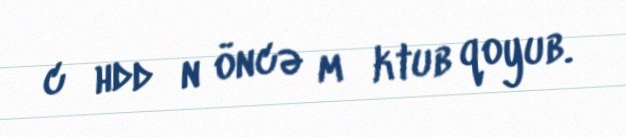
cәhddәn öncə mәktub qoyub.